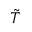
\tilde { T }